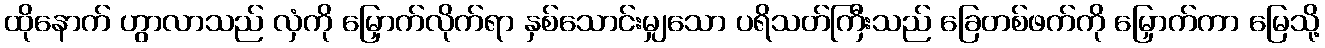
ထိုနောက် ဟွာလာသည် လှံကို မြှောက်လိုက်ရာ နှစ်သောင်းမျှသော ပရိသတ်ကြီးသည် ခြေတစ်ဖက်ကို မြှောက်ကာ မြေသို့